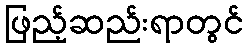
ဖြည့်ဆည်းရာတွင်